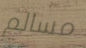
مسالم